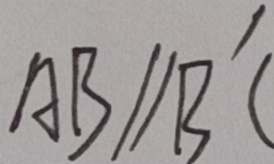
A B / / B ^ { \prime } C